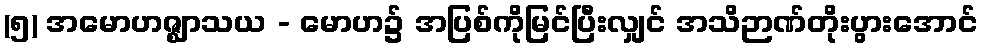
(၅) အမောဟဇ္ဈာသယ - မောဟ၌ အပြစ်ကိုမြင်ပြီးလျှင် အသိဉာဏ်တိုးပွားအောင်